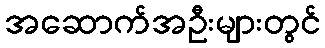
အဆောက်အဦးများတွင်